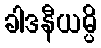
ခါဒနီယမ္ပိ